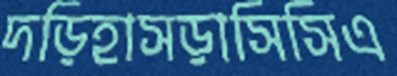
দড়িহাসড়াসিসিএ